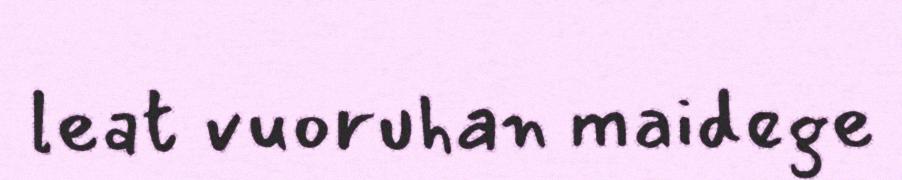
leat vuoruhan maidege